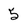
Character: 5